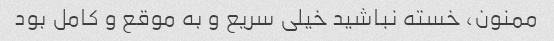
ممنون، خسته نباشید خیلی سریع و به موقع و کامل بود